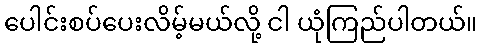
ပေါင်းစပ်ပေးလိမ့်မယ်လို့ ငါ ယုံကြည်ပါတယ်။